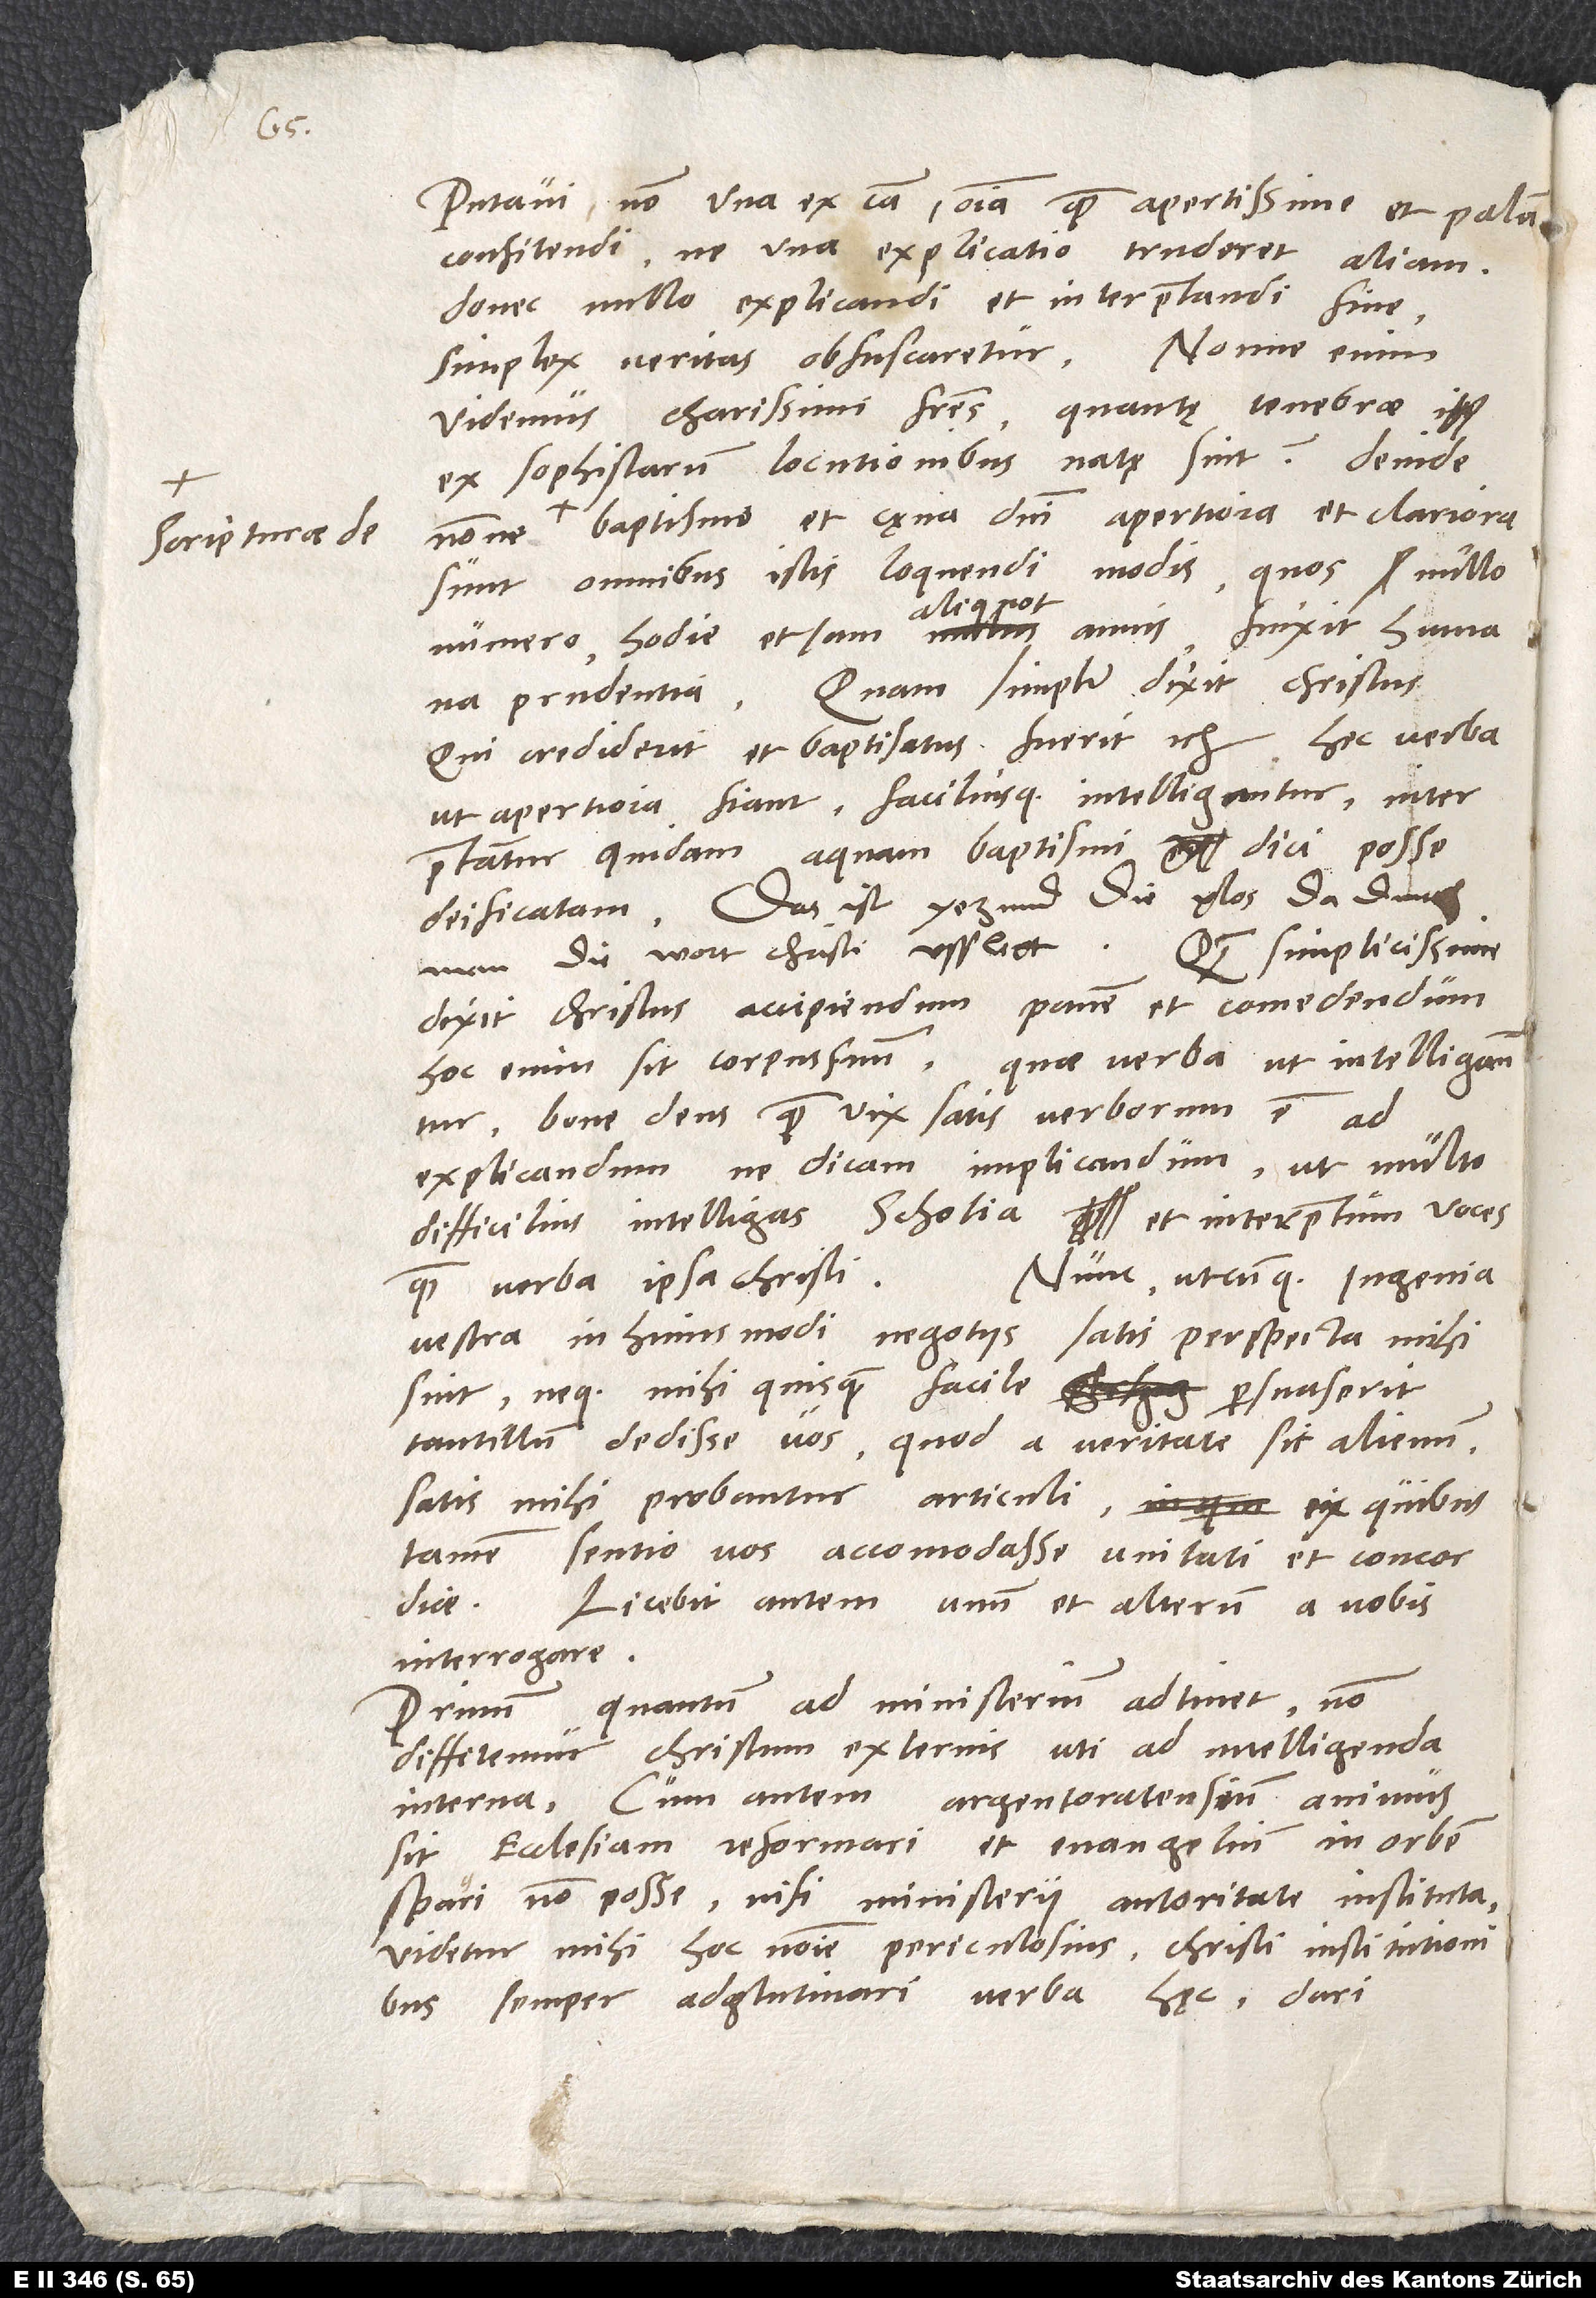
scripturae de

putavi non una ex causa omnia quam apertissime et palam
confitendi, ne una explicatio truderet aliam,
donec nullo explicandi et interpretandi fine
simplex veritas obfuscaretur. Nonne enim
videmus, charissimi fratres, quantę tenebrae
ex sophistarum locutionibus natę sint? Deinde
baptismo et cęna domini apertiora et clariora
sunt omnibus istis loquendi modis, quos nullo
numero hodie et iam aliquot annis finxit humana
prudentia? Quam simpliciter dixit Christus:
"Qui crediderit et baptisatus fuerit" . Quae verba
bone deus, quam vix satis verborum est ad
explicandum, ne dicam implicandum, ut multo
difficilius intelligas scholia et interpretum voces
Nunc, utcunque ingenia
quam verba ipsa Christi.
vestra in huiusmodi negotiis satis perspecta mihi
sint neque mihi quisquam facile persuaserit
tantillum dedisse vos, quod a veritate sit alienum,
satis mihi probantur articuli, ex quibus
tamen sentio vos accomodasse unitati et concordiae.
Licebit autem unum et alterum a vobis
interrogare:
quantum ad ministerium adtinet, non
Primum,
diffitemur Christum externis uti ad intelligenda
interna. Cum autem Argentoratensium animus
sit ecclésiam reformari et evangelium in orbem
spargi non posse nisi ministerii autoritate instituta,
videtur mihi hoc nomine periculosius Christi institutionibus
semper adglutinari verba hęc: dari,